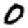
Digit: 0